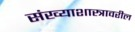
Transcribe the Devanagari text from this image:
संख्याशास्त्रावरील